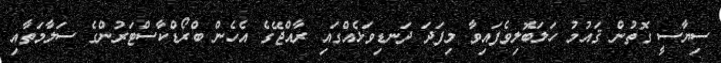
ސިޔާސީ ގޮތުން ޤައުމު ހަލަބޮލިވެފައިވާ މިފަދަ ދަނޑިވަޅެއްގައި ރާއްޖޭގެ އެހެން ބްރޯޑްކާސްޓަރުންގެ ސަލާމަތާއި